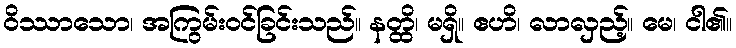
ဝိဿာသော၊ အကြွမ်းဝင်ခြင်းသည်။ နတ္ထိ၊ မရှိ။ ဧဟိ၊ လာလှည့်။ မေ၊ ငါ၏။